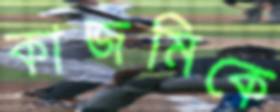
কাজমিকে